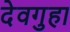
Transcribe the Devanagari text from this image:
देवगुहा